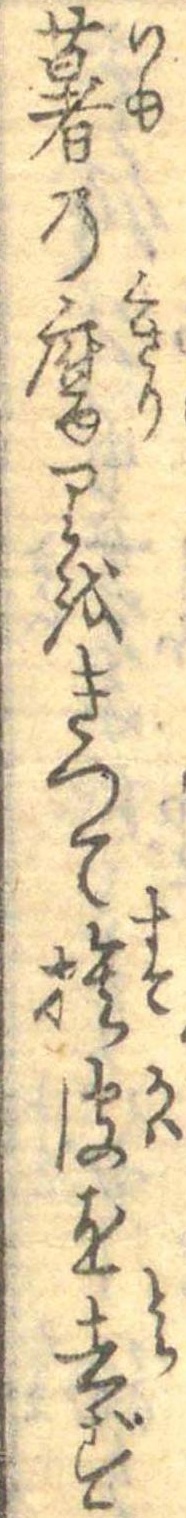
薯の腐りをきつて捨皮を去ず